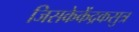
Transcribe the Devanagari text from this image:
जिसकेकेंद्रकसुत्र